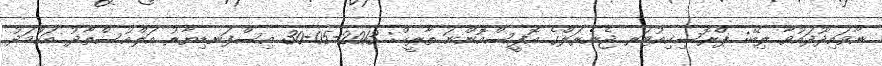
ނާވައިދޫދައުވާ ލިބޭ: ޕްރޮސިކިއުޓަރ ޖެނެރަލްގެ އޮފީސްއޮންނަ ތާރީޚް: 2013-05-30 އިސްފަނޑިޔާރު އަލްއުސްތާޛު އަޙްމަދު